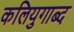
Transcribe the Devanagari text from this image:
कलियुगाब्द